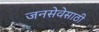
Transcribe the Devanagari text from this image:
जनसेवेसाठी